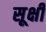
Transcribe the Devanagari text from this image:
सूक्षी